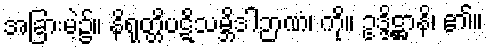
အခြားမဲ့၌။ နိရုတ္တိပဋိသမ္ဘိဒါဉာဏံ၊ ကို။ ဥဒ္ဒိဋ္ဌာနိ၊ ၏။